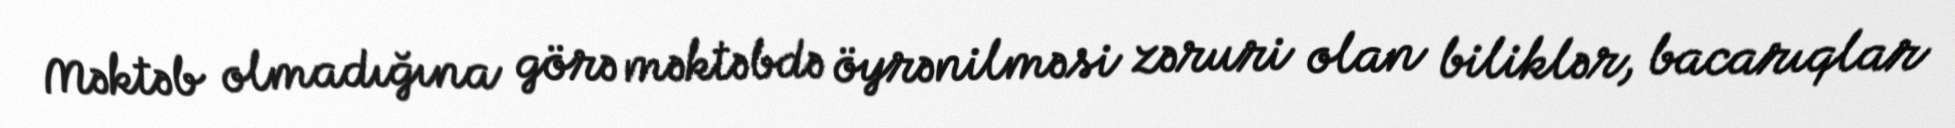
Məktəb olmadığına görə məktəbdə öyrənilməsi zəruri olan biliklər, bacarıqlar